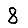
Digit: 8